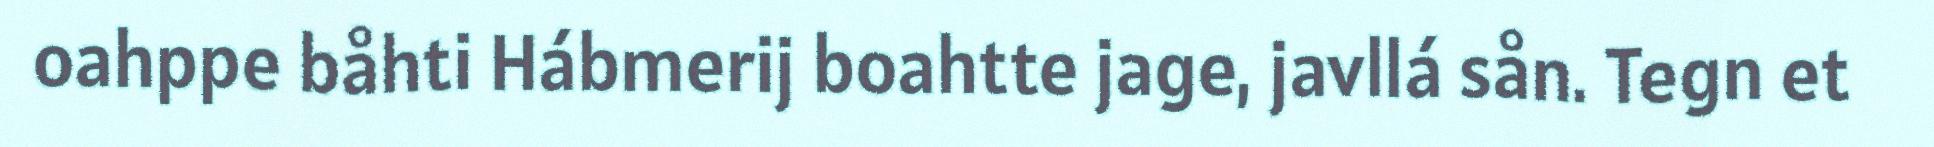
oahppe båhti Hábmerij boahtte jage, javllá sån. Tegn et